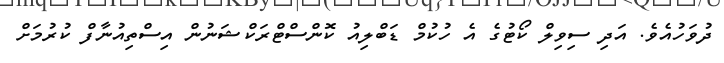
ދުވަހުއެވެ. އަދި ސިވިލް ކޯޓުގެ އެ ހުކުމް ޑަބްލިއު ކޮންސްޓްރަކްޝަނުން އިސްތިއުނާފް ކުރުމަށް